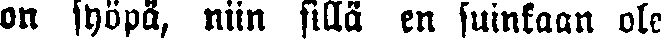
on syöpä, niin sillä en suinkaan ole